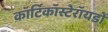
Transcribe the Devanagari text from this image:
कॉर्टिकॉस्टेरॉयडों